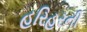
હરિહરની